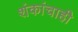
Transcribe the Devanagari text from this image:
शंकांचाही